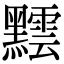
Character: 𪒝